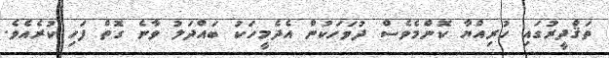
ތަޤްދީރުގައި ހުރިއްޔާ ކޮންމެވެސް ދުވަހަކުން އެދެމީހަކު ބައްދަލު ވާނެ ގޮތް ފަހި ކުރެއެވެ.